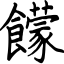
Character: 饛